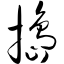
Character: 捣